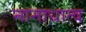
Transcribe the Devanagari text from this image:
नानाधात्व